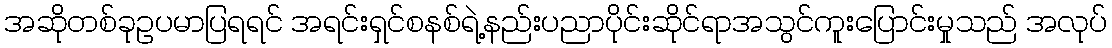
အဆိုတစ်ခုဥပမာပြရရင် အရင်းရှင်စနစ်ရဲ့နည်းပညာပိုင်းဆိုင်ရာအသွင်ကူးပြောင်းမှုသည် အလုပ်